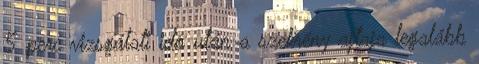
5 perc vizsgálati idõ után a szekrény ajtaja legalább